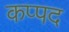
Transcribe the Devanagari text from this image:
कप्पद